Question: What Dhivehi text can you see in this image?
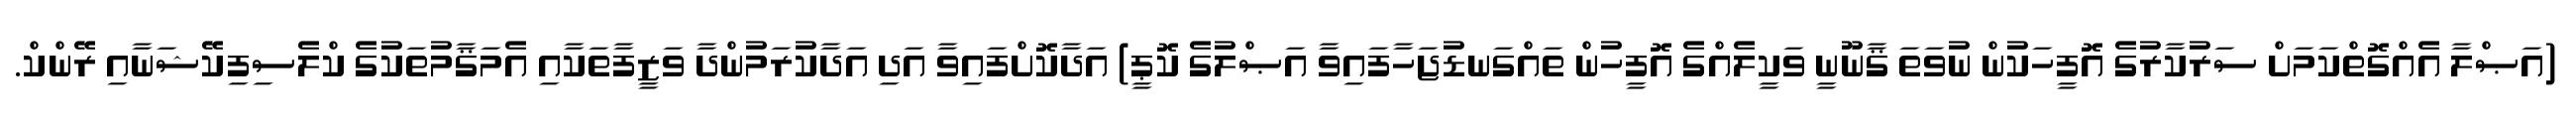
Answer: (އަޞްލާ އެއްގޮތްކަމަށް ސަރުކާރުގެ އޮފީހަކުން ނުވަތަ ޤާނޫނީ ވަކީލެއްގެ އޮފީހުން ތައްގަނޑުޖަހާފައިވާ އަޞްލުގެ ކޮޕީ) އަދާކޮށްފައިވާ އަދި އަދާކުރަމުންދާ ވަޒީފާތަކާއި އެމަޤާމުތަކުގެ ކްލެސިފިކޭޝަނާއި ރޭންކް.